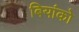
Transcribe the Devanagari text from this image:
बियांको